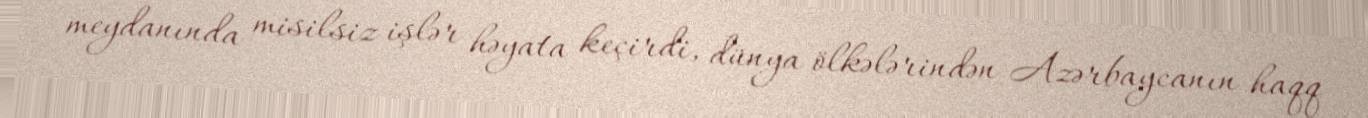
meydanında misilsiz işlər həyata keçirdi, dünya ölkələrindən Azərbaycanın haqq